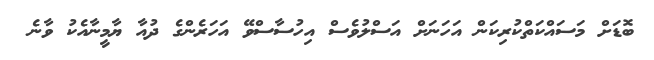
ބޮޑަށް މަސައްކަތްކުރިކަން އަހަނަށް އަސްލުވެސް އިހުސާސްވޭ އަހަރެންގެ ދުއާ ޔާމީނާއެކު ވާނެ